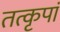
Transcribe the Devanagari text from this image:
तत्कृपां